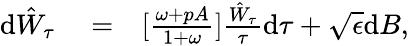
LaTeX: \begin{array}{rlr}{\textrm{d}\hat{W}_{\tau}}&{{}=}&{[\frac{\omega+pA}{1+\omega}]\frac{\hat{W}_{\tau}}{\tau}\textrm{d}\tau+\sqrt{\epsilon}\textrm{d}B,}\end{array}